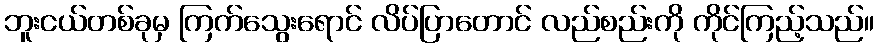
ဘူးငယ်တစ်ခုမှ ကြက်သွေးရောင် လိပ်ပြာတောင် လည်စည်းကို ကိုင်ကြည့်သည်။